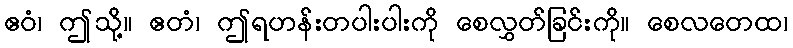
ဧဝံ၊ ဤသို့။ ဧတံ၊ ဤရဟန်းတပါးပါးကို စေလွှတ်ခြင်းကို။ စေလတေထ၊